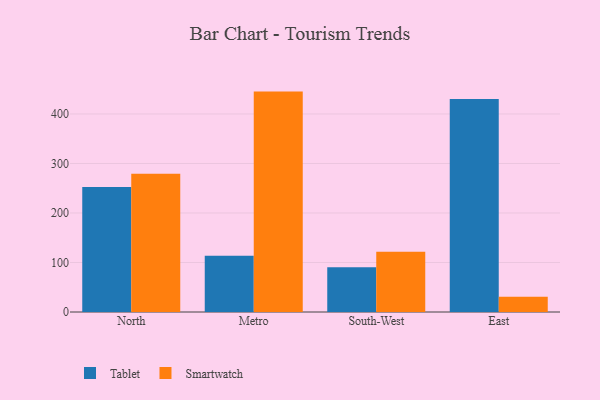
{"axis": {"x": "Region", "y": "Bounce Rate (%)"}, "legend": ["Smartwatch", "Tablet"], "data": [{"x": "North", "y": 252.5, "type": "Tablet"}, {"x": "North", "y": 279.2, "type": "Smartwatch"}, {"x": "Metro", "y": 113.5, "type": "Tablet"}, {"x": "Metro", "y": 445.2, "type": "Smartwatch"}, {"x": "South-West", "y": 90.4, "type": "Tablet"}, {"x": "South-West", "y": 121.9, "type": "Smartwatch"}, {"x": "East", "y": 430.0, "type": "Tablet"}, {"x": "East", "y": 31.0, "type": "Smartwatch"}]}